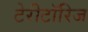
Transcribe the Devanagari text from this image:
टेरीटॉरिज